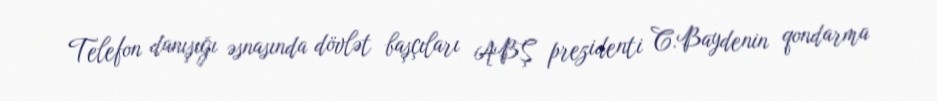
Telefon danışığı əsnasında dövlət başçıları ABŞ prezidenti C.Baydenin qondarma